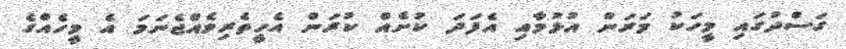
ގަސްދުގައި މީހަކު މަރަން އުޅުމާއި އެފަދަ ކުށެއް ކުރަން އެހީތެރިވެއްޖެނަމަ އެ މީހެއްގެ